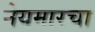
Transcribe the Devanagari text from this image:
नेयमारचा